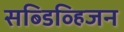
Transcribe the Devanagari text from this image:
सब्डिव्हिजन